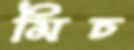
মিচ